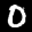
Label: 0